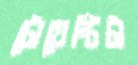
টোয়েন্টিটা